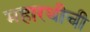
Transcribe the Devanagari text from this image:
महारथीची